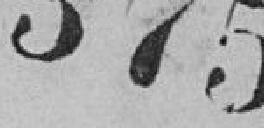
37